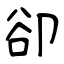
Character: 卻